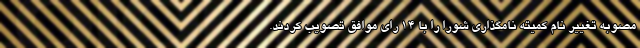
مصوبه تغییر نام کمیته نامگذاری شورا را با ۱۴ رای موافق تصویب کردند.